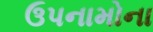
ઉપનામોના